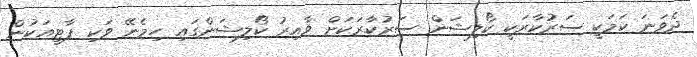
ދެވަނަ ކަމަކީ ސަރުކާރަކީ ކޯލިޝަން ސަރުކާރަކަށް ވާއިރު ކޯލިޝަންގައި ހިމެނޭ ވަކި ޕާޓީއަކުން